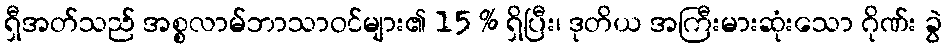
ရှီအတ်သည် အစ္စလာမ်ဘာသာဝင်များ၏ 15 % ရှိပြီး၊ ဒုတိယ အကြီးမားဆုံးသော ဂိုဏ်း ခွဲ